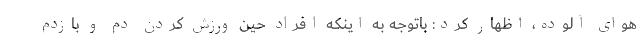
هوای آلوده، اظهار کرد: باتوجه به اینکه افراد حین ورزش کردن دم و بازدم